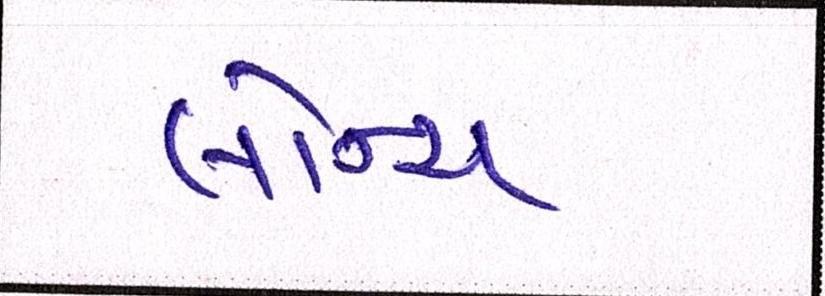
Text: લૉન્ચ